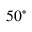
5 0 ^ { \circ }